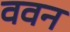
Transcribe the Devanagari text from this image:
ववन